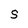
Character: S